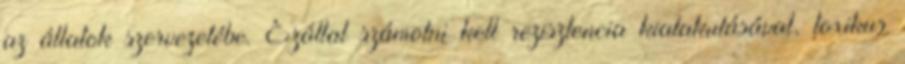
az állatok szervezetébe. Ezáltal számolni kell rezisztencia kialakulásával, toxikus